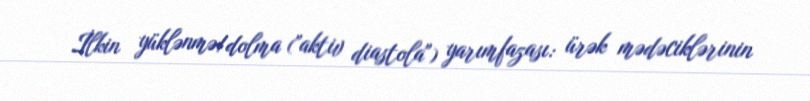
İlkin yüklənmə/dolma ("aktiv diastola") yarımfazası: ürək mədəciklərinin